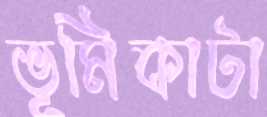
ভূমিকাটা